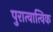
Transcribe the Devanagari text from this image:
पुरात्वात्विक